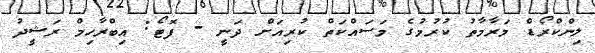
ލިންކްރޯޑް މަރާމާތު ކުރުމުގެ މަސައްކަތް ކުރިއަށް ދަނީ - ފޮޓޯ: އިބްރާހިމް ރަޝީދު